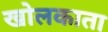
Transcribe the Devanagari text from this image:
खोलकाता